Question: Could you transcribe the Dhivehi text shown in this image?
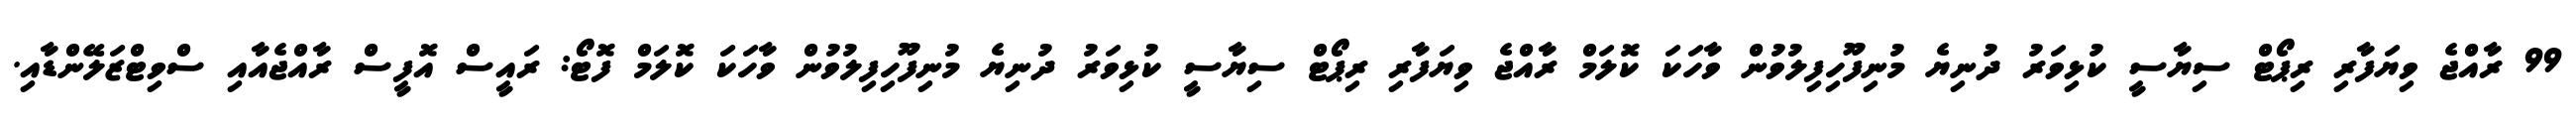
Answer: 99 ރާއްޖެ ވިޔަފާރި ރިޕޯޓް ސިޔާސީ ކުޅިވަރު ދުނިޔެ މުނިފޫހިފިލުވުން ވާހަކަ ކޮލަމް ރާއްޖެ ވިޔަފާރި ރިޕޯޓް ސިޔާސީ ކުޅިވަރު ދުނިޔެ މުނިފޫހިފިލުވުން ވާހަކަ ކޮލަމް ފޮޓޯ: ރައީސް އޮފީސް ރާއްޖެއާއި ސްވިޓްޒަލޭންޑާއި.